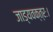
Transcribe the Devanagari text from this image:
जाड्यवक्त्रः।